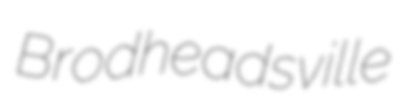
Brodheadsville